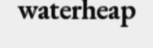
waterheap